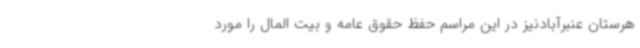
هرستان عنبرآبادنیز در این مراسم حفظ حقوق عامه و بیت المال را مورد